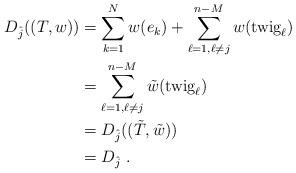
LaTeX: \begin{align*} D_{\hat j}((T,w)) &= \sum_{k=1}^{N} w(e_k) + \sum_{\ell=1 , \ell\neq j}^{n-M} w(\mbox{twig}_\ell) \\ &= \sum_{\ell=1 , \ell\neq j}^{n-M} \tilde w(\mbox{twig}_\ell)\\ &= D_{\hat j} ((\tilde T , \tilde w)) \\ &= D_{\hat j} \; .\end{align*}